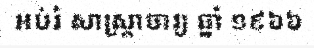
អប់រំ សាស្ត្រាចារ្យ ឆ្នាំ ១៩៦៦